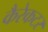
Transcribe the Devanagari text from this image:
कैरेकटर